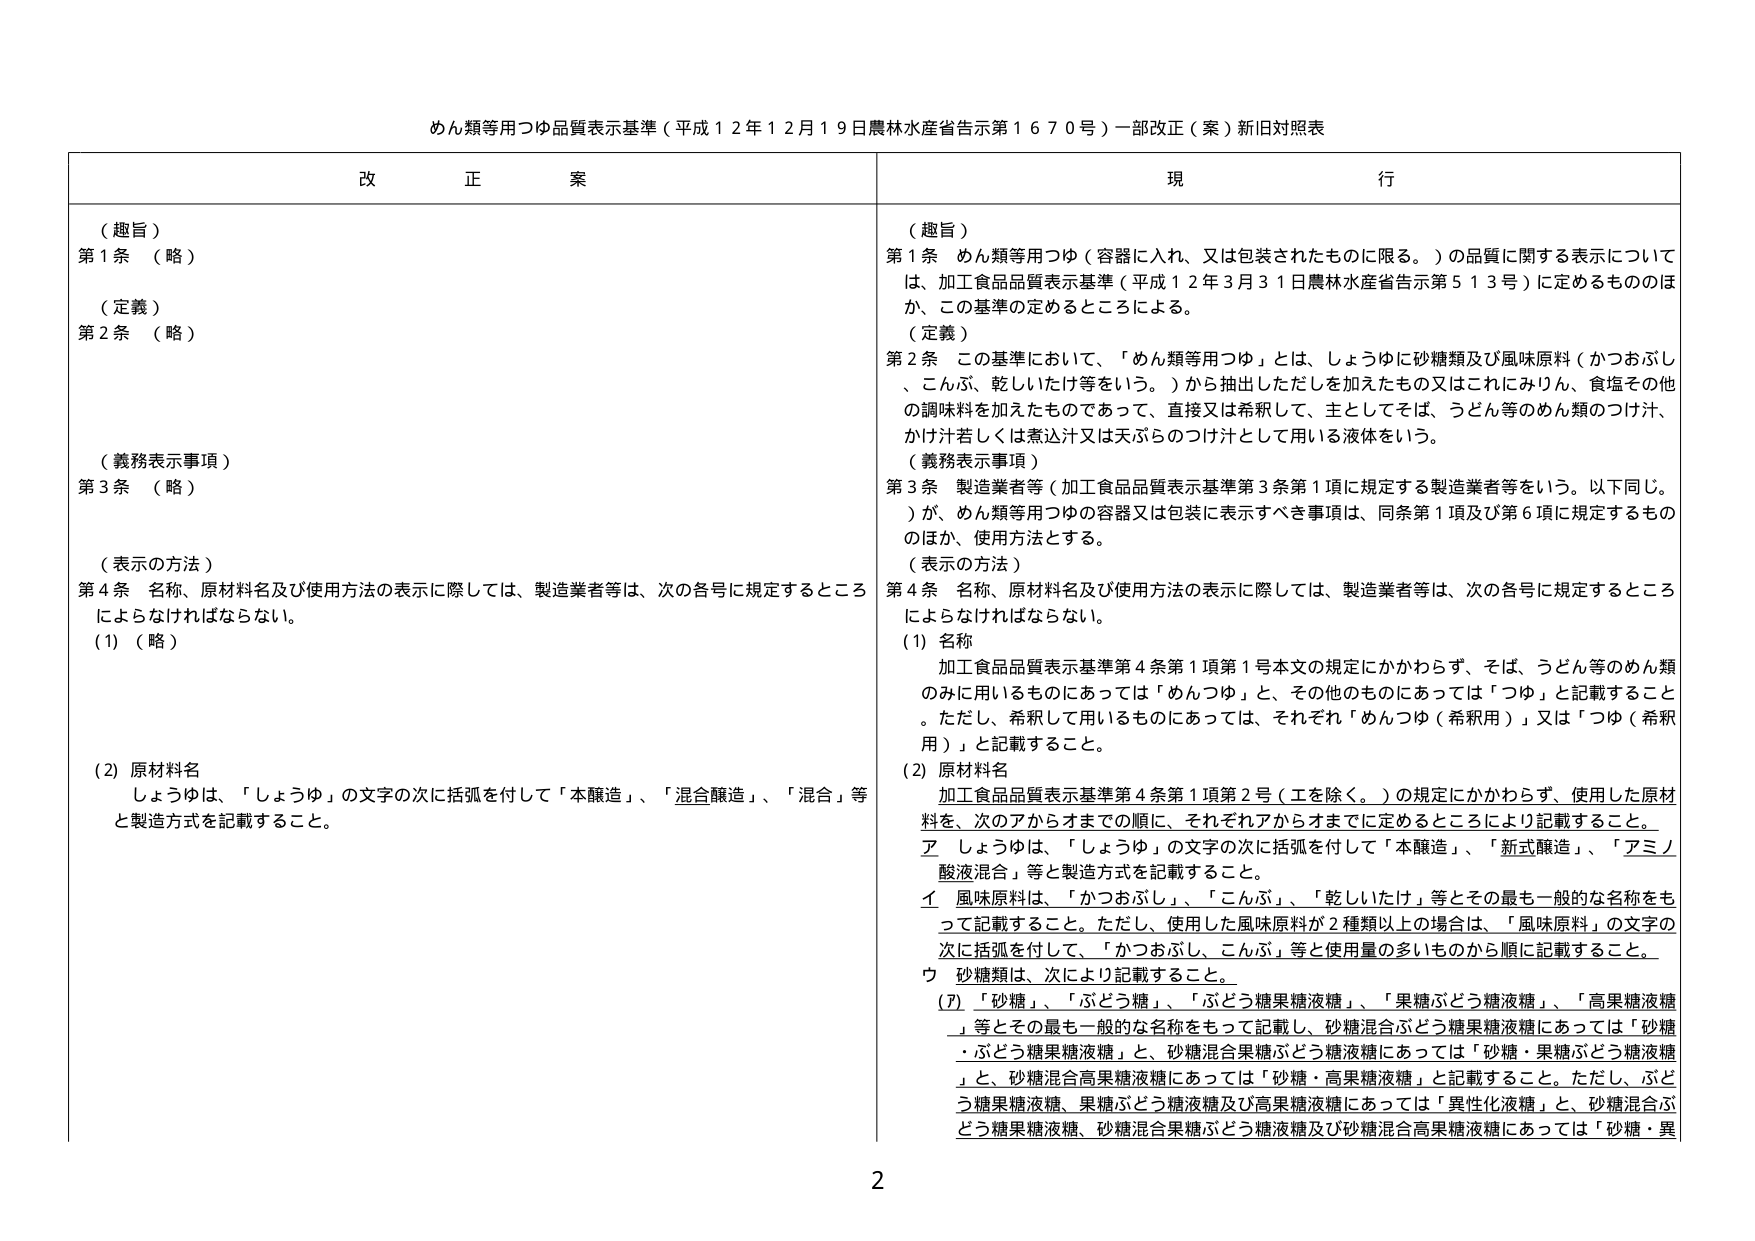
めん類等用つゆ品質表示基準（平成１２年１２月１９日農林水産省告示第１６７０号）一部改正（案）新旧対照表

改 正 案

（趣旨）
第１条 （略）

（定義）
第２条 （略）

（義務表示事項）
第３条 （略）

（表示の方法）
第４条 名称、原材料名及び使用方法の表示に際しては、製造業者等は、次の各号に規定するところによらなければならない。
(1) （略）

(2) 原材料名
しょうゆは、「しょうゆ」の文字の次に括弧を付して「本醸造」、「混合醸造」、「混合」等と製造方式を記載すること。

現 行

（趣旨）
第１条 めん類等用つゆ（容器に入れ、又は包装されたものに限る。）の品質に関する表示については、加工食品品質表示基準（平成１２年３月３１日農林水産省告示第５１３号）に定めるもののほか、この基準の定めるところによる。

（定義）
第２条 この基準において、「めん類等用つゆ」とは、しょうゆに砂糖類及び風味原料（かつおぶし、こんぶ、乾しいたけ等をいう。）から抽出しただしを加えたもの又はこれにみりん、食塩その他 の調味料を加えたものであって、直接又は希釈して、主としてそば、うどん等のめん類のつけ汁、かけ汁若しくは煮込汁又は天ぷらのつけ汁として用いる液体をいう。

（義務表示事項）
第３条 製造業者等（加工食品品質表示基準第３条第１項に規定する製造業者等をいう。以下同じ。）が、めん類等用つゆの容器又は包装に表示すべき事項は、同条第１項及び第６項に規定するもののほか、使用方法とする。

（表示の方法）
第４条 名称、原材料名及び使用方法の表示に際しては、製造業者等は、次の各号に規定するところによらなければならない。
(1) 名称
加工食品品質表示基準第４条第１項第１号本文の規定にかかわらず、そば、うどん等のめん類のみに用いるものにあっては「めんつゆ」と、その他のものにあっては「つゆ」と記載すること。ただし、希釈して用いるものにあっては、それぞれ「めんつゆ（希釈用）」又は「つゆ（希釈用）」と記載すること。

(2) 原材料名
加工食品品質表示基準第４条第１項第２号（工を除く。）の規定にかかわらず、使用した原材料を、次のアからウまでの順に、それぞれアからウまでに定めるところにより記載すること。
ア しょうゆは、「しょうゆ」の文字の次に括弧を付して「本醸造」、「新式醸造」、「アミノ酸液混合」等と製造方式を記載すること。
イ 風味原料は、「かつおぶし」、「こんぶ」、「乾しいたけ」等とその最も一般的な名称をもって記載すること。ただし、使用した風味原料が２種類以上の場合、「風味原料」の文字の次に括弧を付して、「かつおぶし、こんぶ」等と使用量の多いものから順に記載すること。
ウ 砂糖類は、次により記載すること。
(ｱ) 「砂糖」、「ぶどう糖」、「ぶどう糖果糖液糖」、「果糖ぶどう糖液糖」、「高果糖液糖」等とその最も一般的な名称をもって記載し、砂糖混合ぶどう糖果糖液糖にあっては「砂糖・ぶどう糖果糖液糖」と、砂糖混合果糖ぶどう糖液糖にあっては「砂糖・果糖ぶどう糖液糖」と、砂糖混合高果糖液糖にあっては「砂糖・高果糖液糖」と記載すること。ただし、ぶどう糖果糖液糖、果糖ぶどう糖液糖及び高果糖液糖にあっては「異性化液糖」と、砂糖混合ぶどう糖果糖液糖、砂糖混合果糖ぶどう糖液糖及び砂糖混合高果糖液糖にあっては「砂糖・異

2